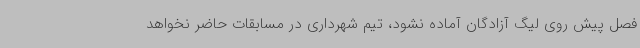
فصل پیش روی لیگ آزادگان آماده نشود، تیم شهرداری در مسابقات حاضر نخواهد